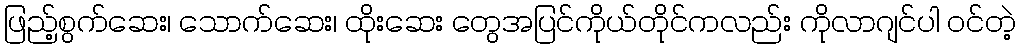
ဖြည့်စွက်ဆေး၊ သောက်ဆေး၊ ထိုးဆေး တွေအပြင်ကိုယ်တိုင်ကလည်း ကိုလာဂျင်ပါ ဝင်တဲ့